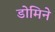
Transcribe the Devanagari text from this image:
डोमिने